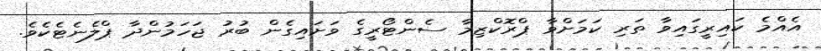
އެއްމެ ކައިރީގައިވާ ތަރި ކަމަށްވާ ޕްރޮކްޒިމާ ސެންޓޯރީގެ ވަށައިގެން ބުރު ޖަހަމުންދާ ޕްލެނެޓެކެވެ.